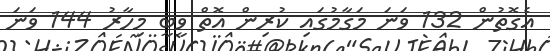
އެގޮތުން 132 ވަނަ މަގާމުގައި ކުރިން އޮތް ވީބީ މިހާރު 144 ވަނަ